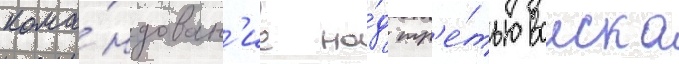
кома́ндован'ие на́д тр'е́тью воиска